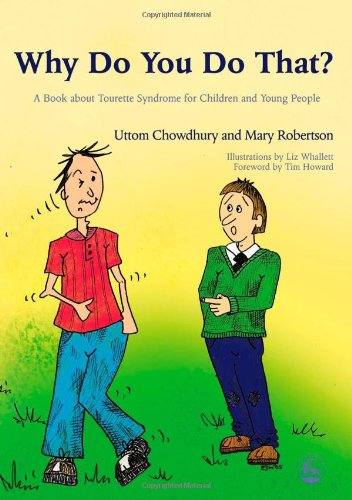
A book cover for Why Do You Do That?: A Book About Tourette Syndrome for Children and Young People; Uttom Chowdhury; Health, Fitness & Dieting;